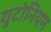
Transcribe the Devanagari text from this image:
युटोनियम